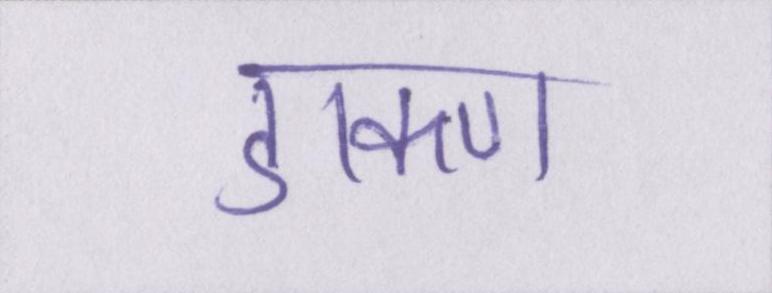
डाकण